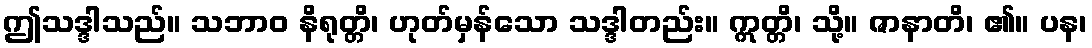
ဤသဒ္ဒါသည်။ သဘာဝ နိရုတ္တိ၊ ဟုတ်မှန်သော သဒ္ဒါတည်း။ ဣတ္တိ၊ သို့။ ဇာနာတိ၊ ၏။ ပန၊